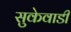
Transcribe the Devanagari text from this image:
सुकेवाडी